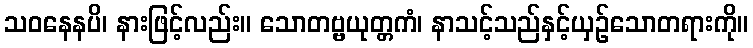
သဝနေနပိ၊ နားဖြင့်လည်း။ သောတဗ္ဗယုတ္တကံ၊ နာသင့်သည်နှင့်ယှဉ်သောတရားကို။